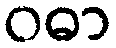
ဝဓာ